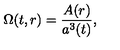
\Omega ( t , r ) = \frac { A ( r ) } { a ^ { 3 } ( t ) } ,